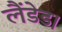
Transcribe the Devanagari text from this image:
लैंडेड।